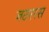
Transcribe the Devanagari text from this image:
जठररस